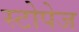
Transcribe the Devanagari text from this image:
स्टोपेज